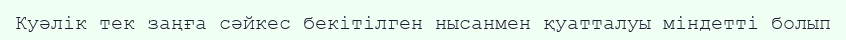
Куәлік тек заңға сәйкес бекітілген нысанмен қуатталуы міндетті болып